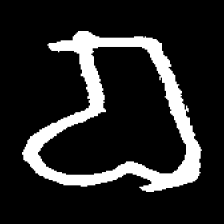
Pyu character \u2014 Myanmar letter: စ (romanized: ca)